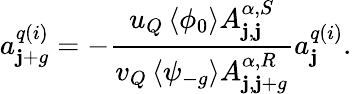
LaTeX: a_{\mathbf{j}+g}^{q(i)}=-\frac{{u_{Q}\left<\phi_{0}\right>A_{\mathbf{j},\mathbf{j}}^{\alpha,S}}}{{v_{Q}\left<\psi_{-g}\right>A_{\mathbf{j},\mathbf{j}+g}^{\alpha,R}}}a_{\mathbf{j}}^{q(i)}.